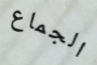
الجماع